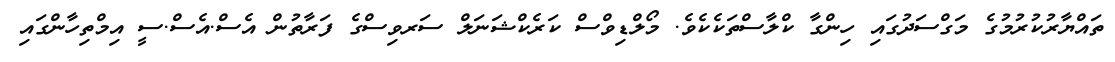
ތައްޔާރުކުރުމުގެ މަގްސަދުގައި ހިންގާ ކްލާސްތަކެކެވެ. މޯލްޑިވްސް ކަރެކްޝަނަލް ސަރވިސްގެ ފަރާތުން އެސް.އެސް.ސީ އިމްތިހާންގައި